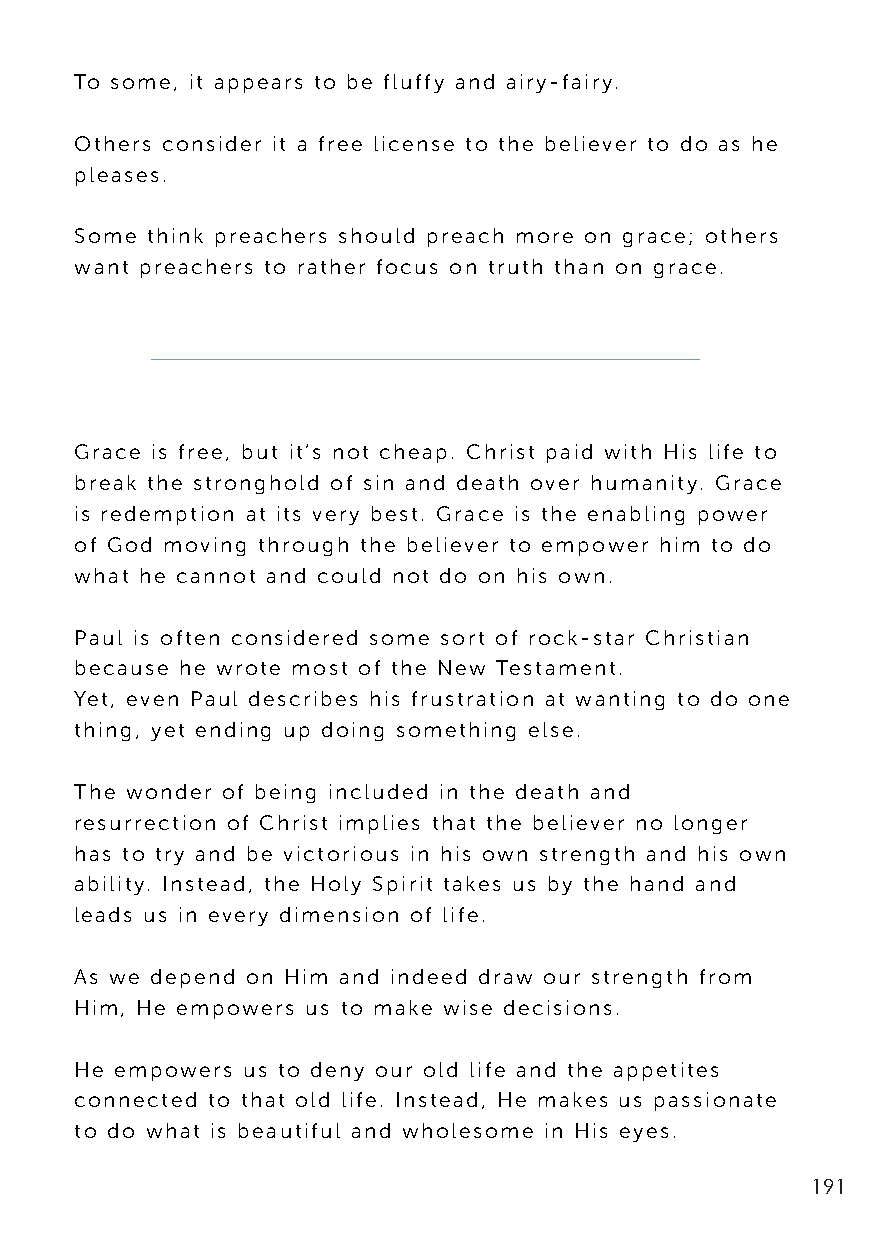
To some, it appears to be fluffy and airy-fairy.
 Others consider it a free license to the believer to do as he
 pleases.
 Some think preachers should preach more on grace; others
 want preachers to rather focus on truth than on grace.
 Grace is free, but it’s not cheap. Christ paid with His life to
 break the stronghold of sin and death over humanity. Grace
 is redemption at its very best. Grace is the enabling power
 of God moving through the believer to empower him to do
 what he cannot and could not do on his own.
 Paul is often considered some sort of rock-star Christian
 because he wrote most of the New Testament.
 Yet, even Paul describes his frustration at wanting to do one
 thing, yet ending up doing something else.
 The wonder of being included in the death and
 resurrection of Christ implies that the believer no longer
 has to try and be victorious in his own strength and his own
 ability. Instead, the Holy Spirit takes us by the hand and
 leads us in every dimension of life.
 As we depend on Him and indeed draw our strength from
 Him, He empowers us to make wise decisions.
 He empowers us to deny our old life and the appetites
 connected to that old life. Instead, He makes us passionate
 to do what is beautiful and wholesome in His eyes.
 191